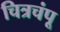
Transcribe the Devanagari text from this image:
चित्रचंपू